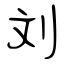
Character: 対